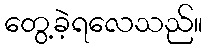
တွေ့ခဲ့ရလေသည်။